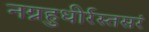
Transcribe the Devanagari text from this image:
नग्नहुधीर्रस्तसरं